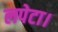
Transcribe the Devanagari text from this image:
लपेटा।